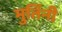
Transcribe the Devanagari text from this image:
मुर्तिनी